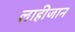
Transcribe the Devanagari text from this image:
लाहीजान